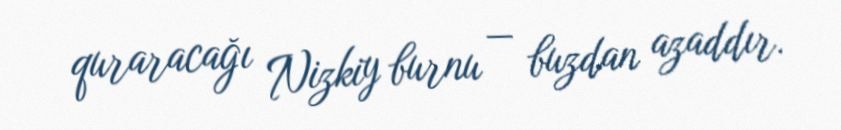
quraracağı Nizkiy burnu — buzdan azaddır.